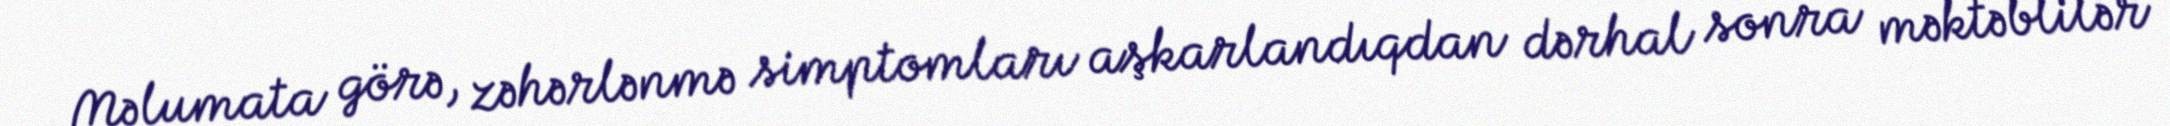
Məlumata görə, zəhərlənmə simptomları aşkarlandıqdan dərhal sonra məktəblilər